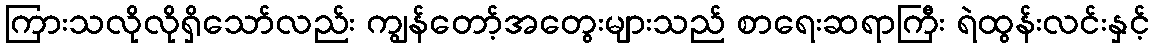
ကြားသလိုလိုရှိသော်လည်း ကျွန်တော့်အတွေးများသည် စာရေးဆရာကြီး ရဲထွန်းလင်းနှင့်